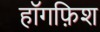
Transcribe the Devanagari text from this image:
हॉगफ़िश